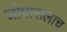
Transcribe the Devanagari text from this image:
जोपासलाच